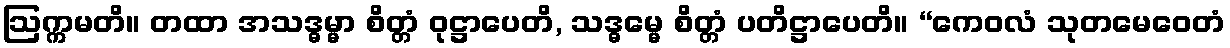
ဩက္ကမတိ။ တထာ အသဒ္ဓမ္မာ စိတ္တံ ဝုဋ္ဌာပေတိ, သဒ္ဓမ္မေ စိတ္တံ ပတိဋ္ဌာပေတိ။ “ကေဝလံ သုတမေဝေတံ